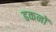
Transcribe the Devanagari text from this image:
ढकनों